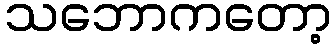
သဘောကတော့